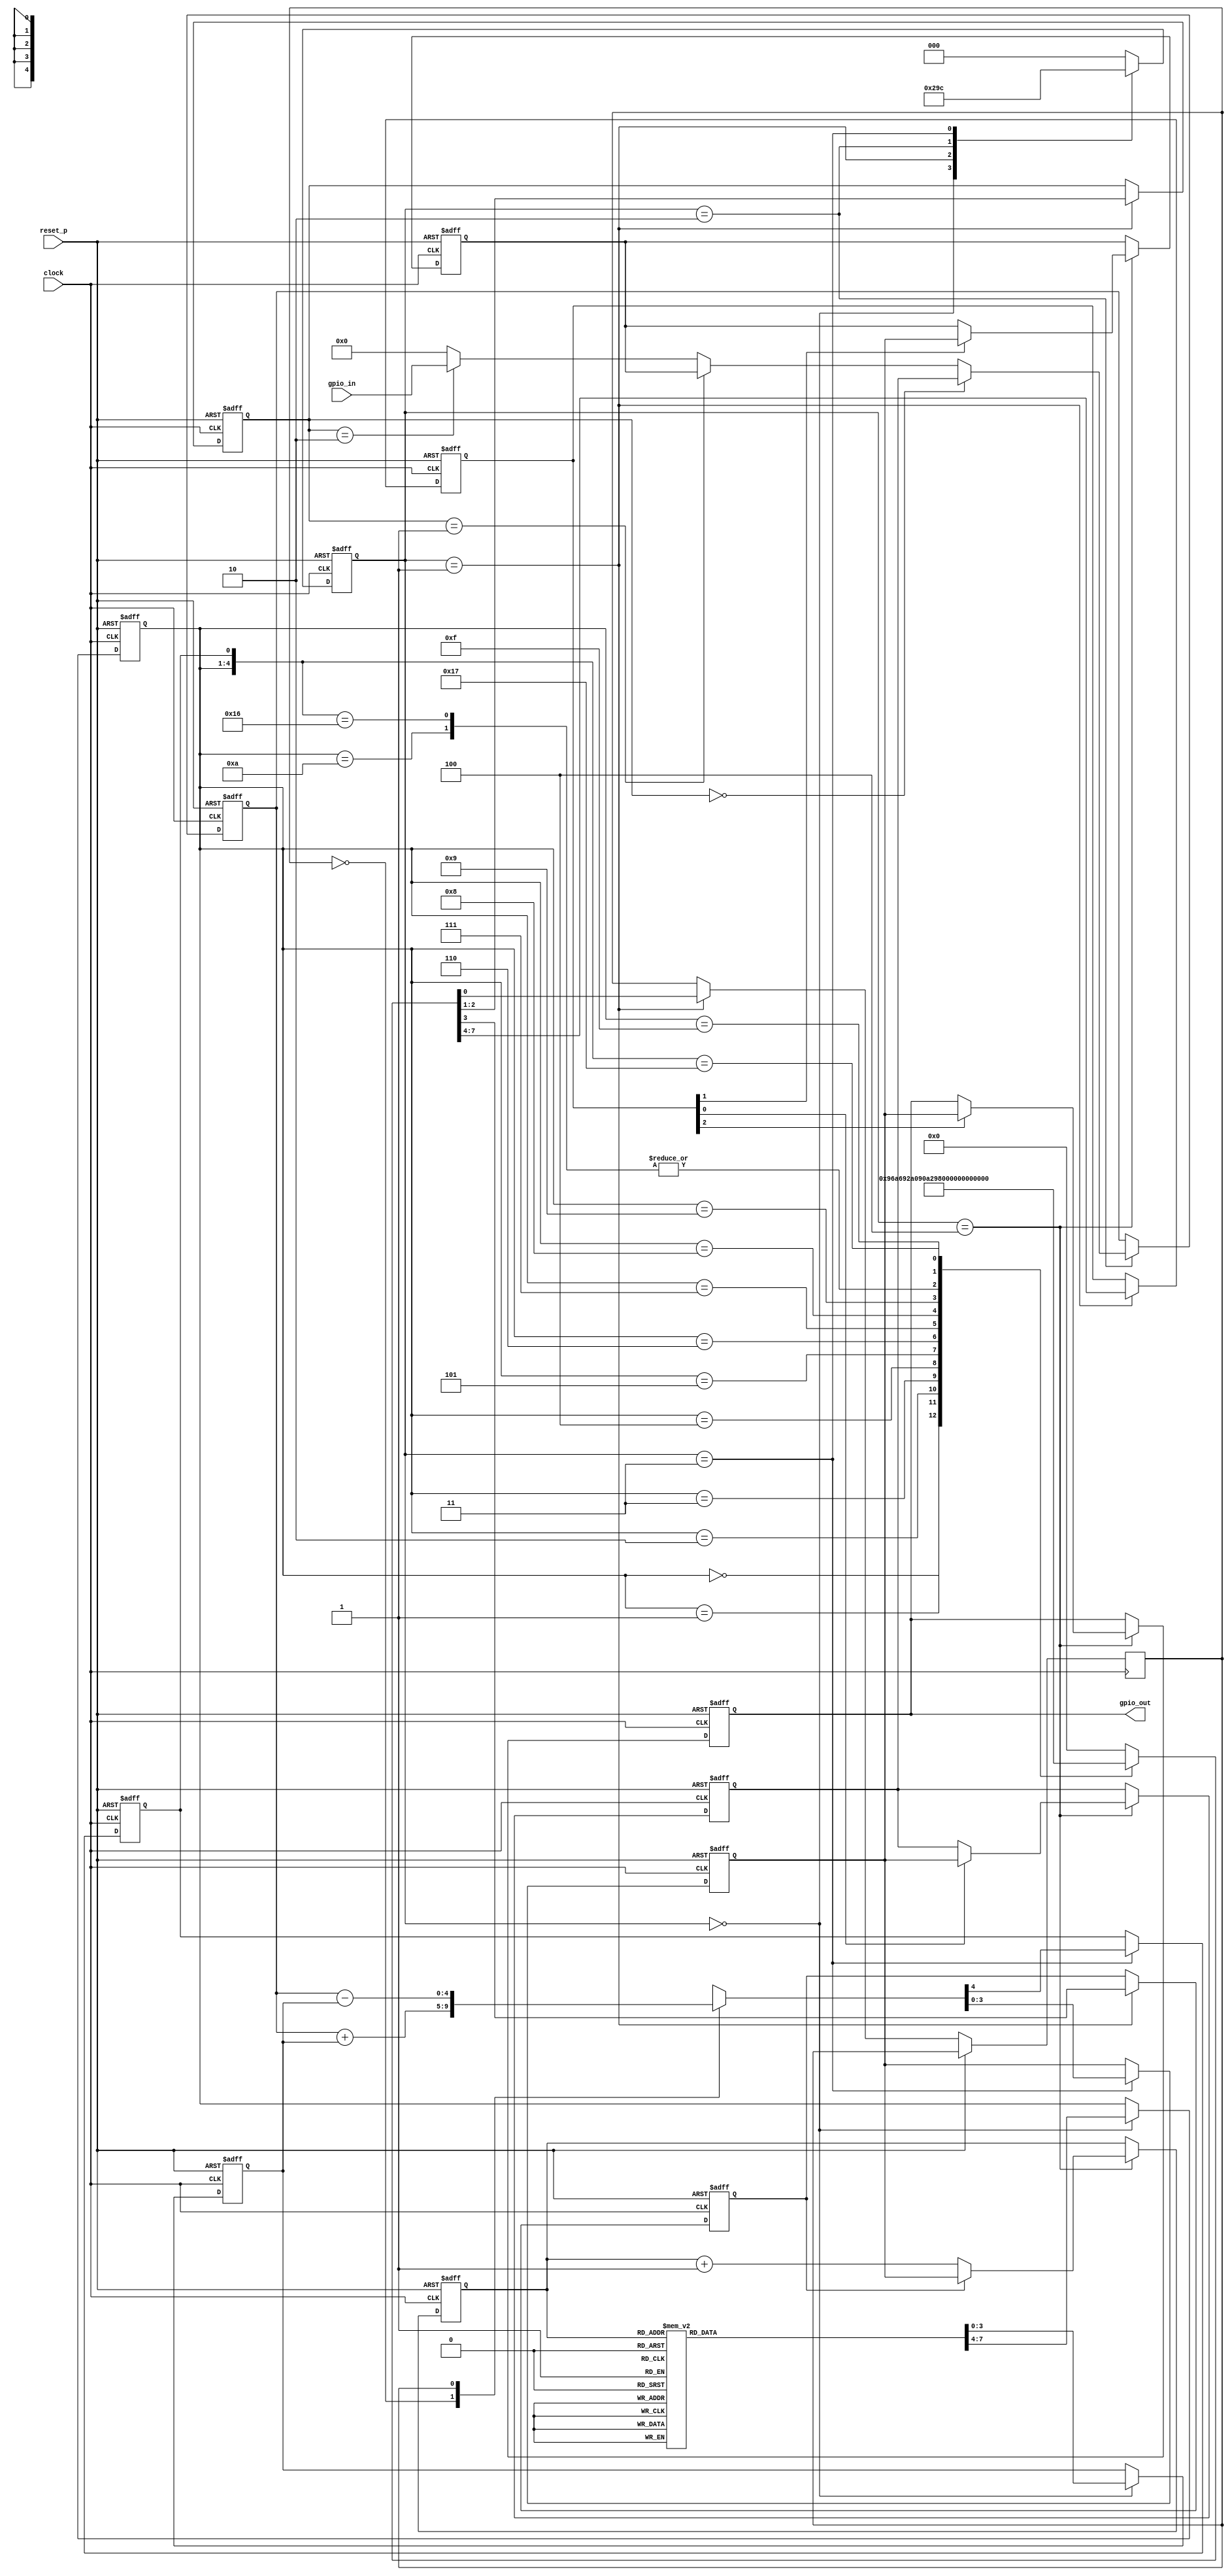
module fourbit_tiny_processor_sub(
    input clock,
    input reset_p,
    input [3:0]gpio_in,
    output [3:0]gpio_out
    );
    
    reg [2:0]state;
    reg [3:0]PC;
    reg [3:0]INST;
    reg signed [3:0]IMM;
    reg [3:0]wr_en;
    reg jump_en;
    reg [1:0]sel_idx;
    reg [3:0]sel_val;
    reg [3:0]REGA, REGB;
    reg [3:0]add_result;
    reg CF;
    reg dec_flag;
    reg [3:0]gpio_out;

    reg [4:0]tmp_add_result;
    
    always@( posedge clock or posedge reset_p)begin
        if( reset_p == 1'b1)begin
            state <= 3'b000;
            PC <= 4'b0;
            INST <= 4'b0;
            IMM <= 4'b0;
            wr_en <= 4'b0;
            jump_en <= 1'b0;
            sel_idx <= 2'b0;
            sel_val <= 4'b0;
            REGA <= 4'b0;
            REGB <= 4'b0;
            add_result <= 4'b0;
            CF <= 1'b0;
            gpio_out <= 4'b0;
            tmp_add_result <=5'b0;
        end else begin
            case( state)
            3'b000:begin // read ROM
                state <= 3'b001;
                {INST, IMM} <= ROM( PC);                
            end
            3'b001:begin // decode inst
                state <= 3'b010;
                {wr_en, jump_en, sel_idx, dec_flag} <= INST_DEC( INST, CF);
            end
            3'b010:begin // select reg
                state <= 3'b011;
                sel_val <= sel_idx == 2'b00 ? REGA :
                                    sel_idx == 2'b01 ? REGB :
                                    sel_idx == 2'b10 ? gpio_in :
                                    4'b0000;
            end
            3'b011:begin // execute
                state <= 3'b100;

                case(dec_flag)
                1'b0:tmp_add_result = sel_val + IMM;
                1'b1:tmp_add_result = sel_val - IMM;
                endcase

                add_result <= tmp_add_result[3:0];
                CF <= tmp_add_result[4];
            end
            3'b100:begin // write back regs
                state <= 3'b000;
                if( wr_en[0] == 1'b1) REGA <= add_result;
                if( wr_en[1] == 1'b1) REGB <= add_result;
                if( wr_en[2] == 1'b1) gpio_out <= add_result;
                if( jump_en == 1'b1)
                    PC <= add_result;
                else
                    PC <= PC + 1'b1;
            end
            default:begin
                state <= 3'b000;
            end
            endcase
        end

    end
        
    function [7:0]ROM( input [3:0]address);
    begin
        case( address)
        /* Subtract */
        4'b0000: ROM = 8'h19; //MOV B,9;
        4'b0001: ROM = 8'hF2; //DEC B,2; 
        4'b0010: ROM = 8'h90; //OUT B
        4'b0011: ROM = 8'h00; 
        4'b0100: ROM = 8'h00;
        4'b0101: ROM = 8'h00;
        4'b0110: ROM = 8'h00;
        4'b0111: ROM = 8'h00;
        4'b1000: ROM = 8'h00;
        4'b1001: ROM = 8'h00;
        4'b1010: ROM = 8'h00;
        4'b1011: ROM = 8'h00;
        4'b1100: ROM = 8'h00;
        4'b1101: ROM = 8'h00;
        4'b1110: ROM = 8'h00;
        4'b1111: ROM = 8'h00;

        /* Timer for 3min 
        4'b0000: ROM = 8'h87; // OUT 0111
        4'b0001: ROM = 8'h41; // ADD A,0001
        4'b0010: ROM = 8'hB1; // JNC 0001
        4'b0011: ROM = 8'h41; // ADD A,001
        4'b0100: ROM = 8'hB3; // JNC 0011
        4'b0101: ROM = 8'h86; // OUT 0110
        4'b0110: ROM = 8'h41; // ADD A,0001
        4'b0111: ROM = 8'hB6; // JNC 0110
        4'b1000: ROM = 8'h41; // ADD A,0001
        4'b1001: ROM = 8'hB8; // JNC 1000
        4'b1010: ROM = 8'h80; // OUT 0000
        4'b1011: ROM = 8'h84; // OUT 0100
        4'b1100: ROM = 8'h41; // ADD 0001
        4'b1101: ROM = 8'hBA; // JNC 1010
        4'b1110: ROM = 8'h88; // OUT 1000
        4'b1111: ROM = 8'hAF; // JMP 1111
        */
        endcase
    end
    endfunction
    
    function [7:0]INST_DEC( input [3:0]inst, input CF);
    begin
        casex( {inst, CF})
        5'b0000_x: INST_DEC = 8'b1001_0_11_0;
        5'b0001_x: INST_DEC = 8'b1010_0_11_0;
        5'b0010_x: INST_DEC = 8'b1001_0_01_0;
        5'b0011_x: INST_DEC = 8'b1010_0_00_0;
        5'b0100_x: INST_DEC = 8'b1001_0_00_0;
        5'b0101_x: INST_DEC = 8'b1010_0_01_0;
        5'b0110_x: INST_DEC = 8'b1001_0_10_0;
        5'b0111_x: INST_DEC = 8'b1010_0_10_0;
        5'b1000_x: INST_DEC = 8'b1100_0_11_0;
        5'b1001_x: INST_DEC = 8'b1100_0_01_0;
        5'b1010_x: INST_DEC = 8'b1000_1_11_0;
        5'b1011_0: INST_DEC = 8'b1000_1_11_0;
        5'b1011_1: INST_DEC = 8'b1000_0_11_0;

        5'b1111_x: INST_DEC = 8'b1010_0_01_1; //DEC B,IMM

        default:   INST_DEC = 8'b0000_0_00_0;
        endcase
    end
    endfunction

    
endmodule